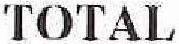
TOTAL